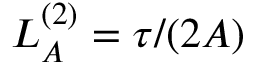
L _ { A } ^ { ( 2 ) } = \tau / ( 2 A )